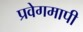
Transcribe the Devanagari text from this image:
प्रवेगमापी